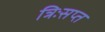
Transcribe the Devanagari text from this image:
त्रिःसप्त